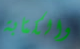
والكتابة